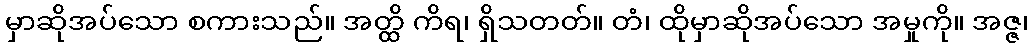
မှာဆိုအပ်သော စကားသည်။ အတ္ထိ ကိရ၊ ရှိသတတ်။ တံ၊ ထိုမှာဆိုအပ်သော အမှုကို။ အဇ္ဇ၊